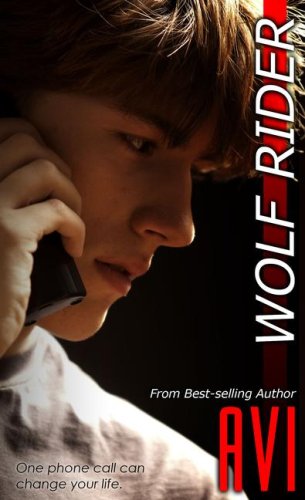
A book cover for Wolf Rider; Avi; Teen & Young Adult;